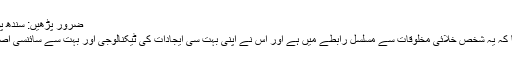
ضرور پڑھیں: سندھ پولیس کیلئے ایک ارب روپے کی گاڑیاں خریدنے کافیصلہ
اس کے متعلق اس زمانے کے بہت سے لوگوں کا یقین تھا کہ یہ شخص خلائی مخلوقات سے مسلسل رابطے میں ہے اور اس نے اپنی بہت سی ایجادات کی ٹیکنالوجی اور بہت سے سائنسی اصولوں کے راز اسی خلائی مخلوق ہی سے حاصل کئے ہیں۔